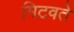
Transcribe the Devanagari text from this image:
मिटवते